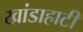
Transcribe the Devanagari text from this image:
खांडाहाटी